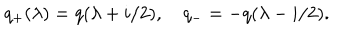
q _ { + } ( \lambda ) = q ( \lambda + i / 2 ) , \quad q _ { - } = - q ( \lambda - i / 2 ) .